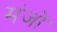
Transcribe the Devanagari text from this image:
मंजों